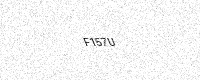
Text: F157U